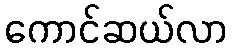
ကောင်ဆယ်လာ